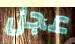
عجل